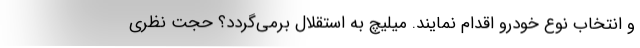
و انتخاب نوع خودرو اقدام نمایند. میلیچ به استقلال برمی‌گردد؟ حجت نظری